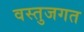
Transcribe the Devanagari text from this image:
वस्तुजगत